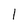
Character: I